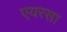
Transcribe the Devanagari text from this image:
एयरसा